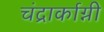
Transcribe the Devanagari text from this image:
चंद्रार्काग्नी